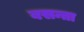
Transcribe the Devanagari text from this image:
बसन्ता